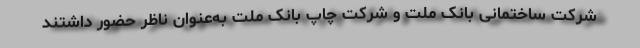
شرکت‌ ساختمانی بانک ملت و شرکت چاپ بانک ملت به‌عنوان ناظر حضور داشتند